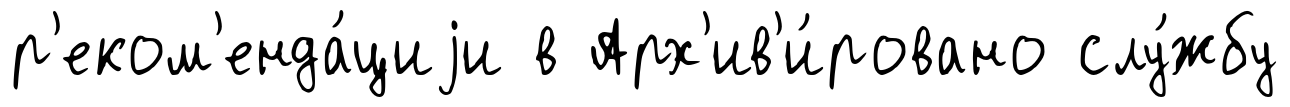
р'еком'енда́циjи в Арх'ив'и́ровано слу́жбу